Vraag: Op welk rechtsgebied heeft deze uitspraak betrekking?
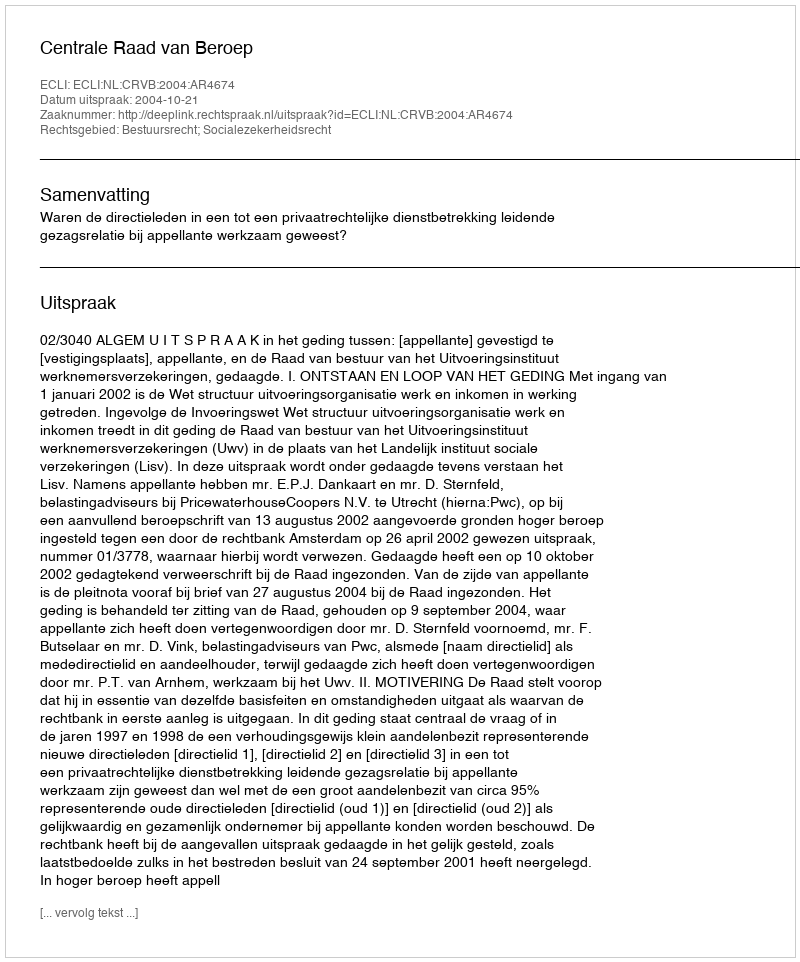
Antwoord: Bestuursrecht; Socialezekerheidsrecht